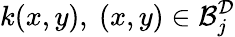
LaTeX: k(x,y),~(x,y)\in\mathcal{B}_{j}^{\mathcal{D}}